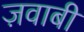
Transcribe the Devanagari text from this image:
ज़वाबी